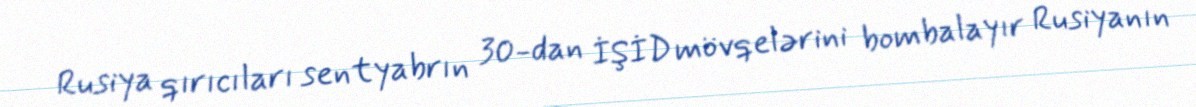
Rusiya qırıcıları sentyabrın 30-dan İŞİD mövqelərini bombalayır Rusiyanın